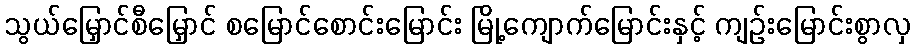
သွယ်မြှောင်စီမြှောင် စမြောင်စောင်းမြောင်း မြို့ကျောက်မြောင်းနှင့် ကျဉ်းမြောင်းစွာလှ